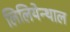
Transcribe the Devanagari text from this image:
लिलियेन्थाल